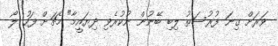
ވަރަށް ގިނަ ފުރުސަތު ލިބި ބޭނުން ނުކުރެވި ދިޔައީމާ" މެޗަށް ފަހު ލޯ